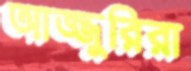
আজ্জুরিরা